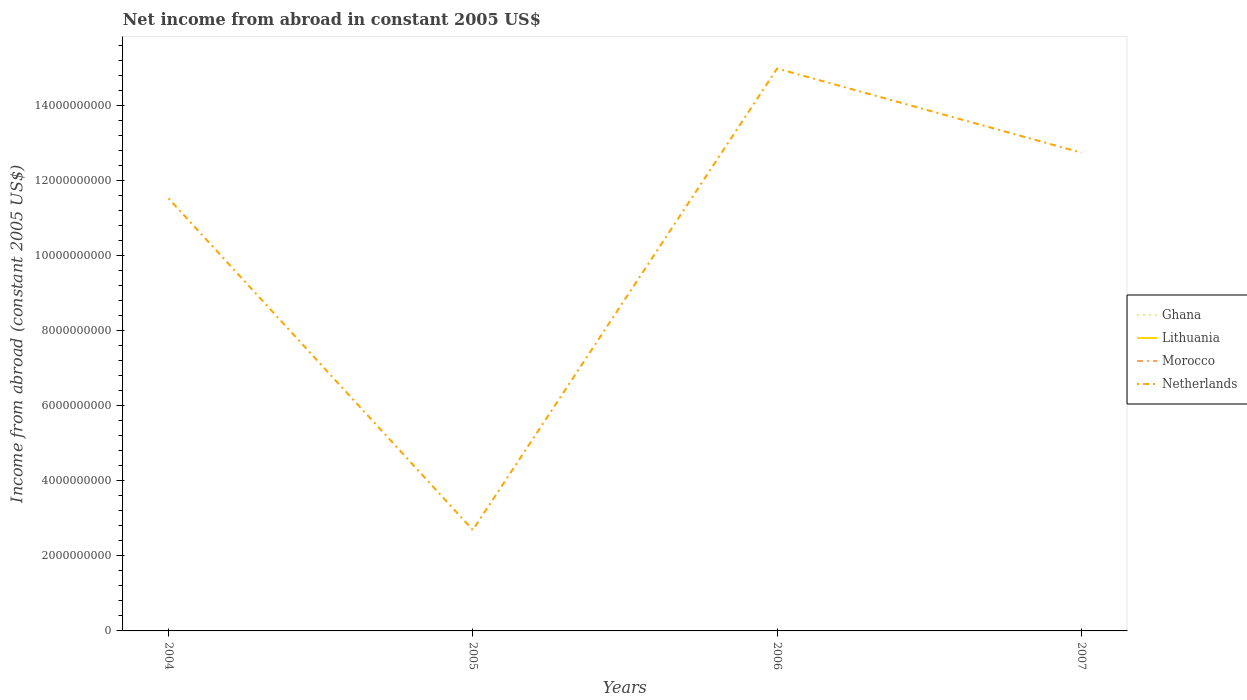
| Years | Ghana | Lithuania | Morocco | Netherlands |
 | --- | --- | --- | --- | --- |
 | 2004 | -1.98e+08 | -7.6e+08 | -9.87e+08 | 1.15e+10 |
 | 2005 | -1.31e+08 | -4.89e+08 | -7.63e+08 | 2.69e+09 |
 | 2006 | -1.27e+08 | -7.96e+08 | -9.35e+08 | 1.5e+10 |
 | 2007 | -1.4e+08 | -2.05e+09 | -9.8e+08 | 1.27e+10 |